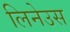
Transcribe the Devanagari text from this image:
लिनेउस